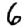
Digit: 6